Senior Leaving Certificate Examination (including Day School Certificate (Higher) General paper), 1949
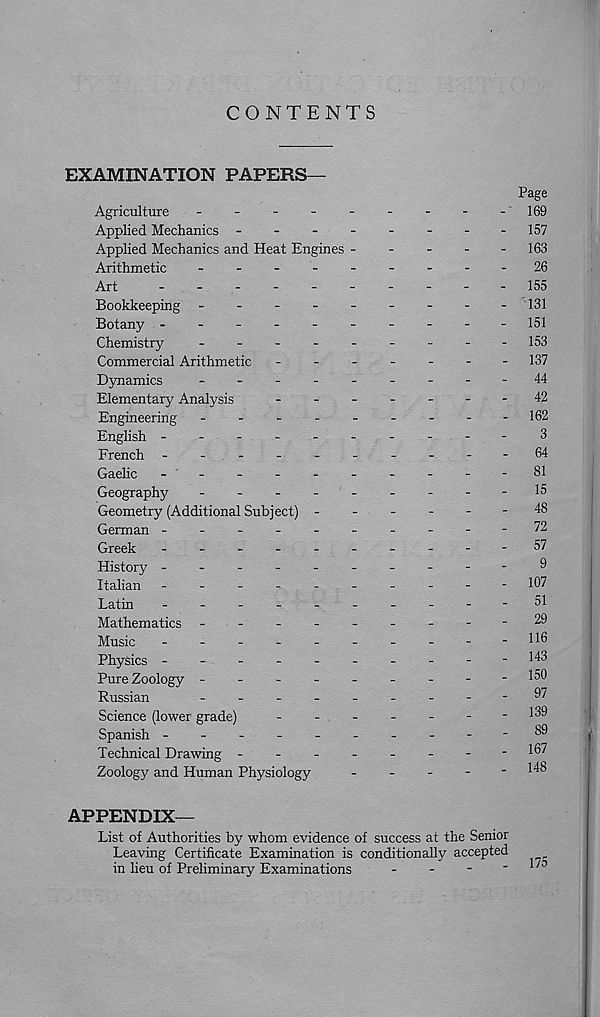
CONTENTS
EXAMINATION PAPERS—
Page
Agriculture
-
-
-
-
-
-
-
-
-169
Applied Mechanics -
-
-
-
-
-
-
-157
Applied Mechanics and Heat Engines
163
Arithmetic
-
-
-
'
26
Art
-
.-
--
.-
--
-155
Bookkeeping -
-
-
-
131
Botany ----------151
Chemistry
-
-
153
Commercial Arithmetic
-
137
Dynamics
-
--
--
--
--44
Elementary Analysis
-
--
--
--42
Engineering
162
English ----------3
French -
-.--64
Gaelic
-
--
--
81
Geography
15
Geometry (Additional Subject) ------
48
German ----------72
Greek
57
History
9
Italian -
--
--
--
--
-107
Latin
-
--
--
--
--
-51
Mathematics -
--
--
--
--29
Music
-
-
-
-
-
-
-
-
-
-116
Physics
-.-143
Pure Zoology ---------150
Russian
-
--
--
--
--
97
Science (lower grade)
-
-
-
-
-
-
-139
Spanish
-.---89
Technical Drawing
-167
Zoology and Human Physiology
-
-
-
-
-
148
APPENDIX—
List of Authorities by whom evidence of success at the Senior
Leaving Certificate Examination is conditionally accepted
in lieu of Preliminary Examinations
-
-
-
-
D 3